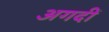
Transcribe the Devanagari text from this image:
अगदीं